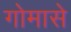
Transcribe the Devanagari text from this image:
गोमासे